Civil Veterinary Dept. Bombay admin report 1932-41 - 1932-1941
Year: 1932
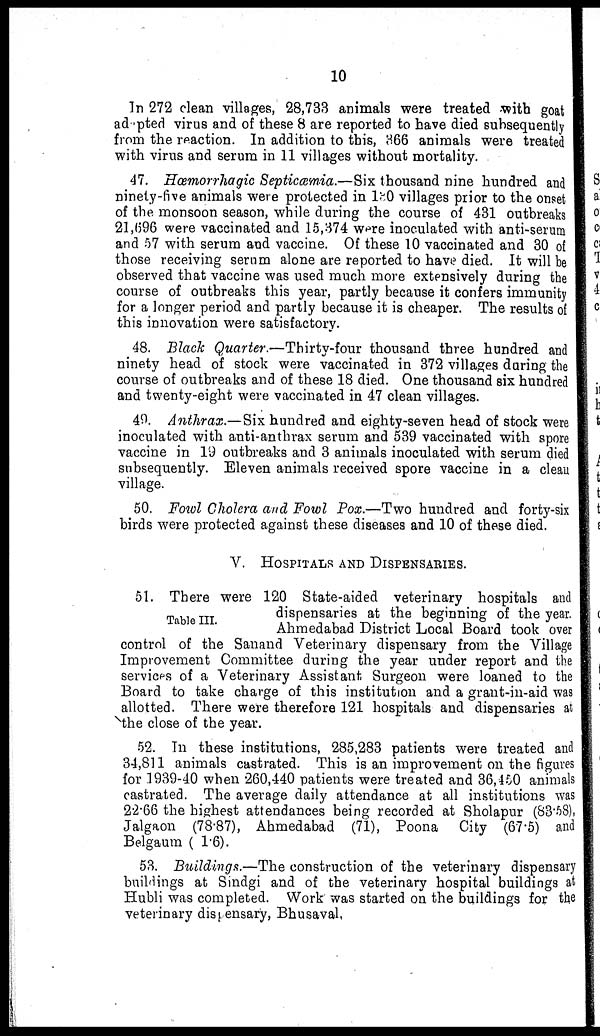
10
In 272 clean villages, 28,733 animals were treated with goat
adopted virus and of these 8 are reported to have died subsequently
from the reaction. In addition to this, 366 animals were treated
with virus and serum in 11 villages without mortality.
47. Hæmorrhagic Septicæmia.—Six thousand nine hundred and
ninety-five animals were protected in 130 villages prior to the onset
of the monsoon season, while during the course of 431 outbreaks
21,696 were vaccinated and 15,374 were inoculated with anti-serum
and 57 with serum and vaccine. Of these 10 vaccinated and 30 of
those receiving serum alone are reported to have died. It will be
observed that vaccine was used much more extensively during the
course of outbreaks this year, partly because it confers immunity
for a longer period and partly because it is cheaper. The results of
this innovation were satisfactory.
48. Black Quarter.—Thirty-four thousand three hundred and
ninety head of stock were vaccinated in 372 villages during the
course of outbreaks and of these 18 died. One thousand six hundred
and twenty-eight were vaccinated in 47 clean villages.
49. Anthrax.—Six hundred and eighty-seven head of stock were
inoculated with anti-anthrax serum and 539 vaccinated with spore
vaccine in 19 outbreaks and 3 animals inoculated with serum died
subsequently. Eleven animals received spore vaccine in a clean
village.
50. Fowl Cholera and Fowl Pox.—Two hundred and forty-six
birds were protected against these diseases and 10 of these died.
V. HOSPITALS AND DISPENSARIES.
Table III.
51. There were 120 State-aided veterinary hospitals and
dispensaries at the beginning of the year.
Ahmedabad District Local Board took over
control of the Sanand Veterinary dispensary from the Village
Improvement Committee during the year under report and the
services of a Veterinary Assistant Surgeon were loaned to the
Board to take charge of this institution and a grant-in-aid was
allotted. There were therefore 121 hospitals and dispensaries at
the close of the year.
52. In these institutions, 285,283 patients were treated and
34,811 animals castrated. This is an improvement on the figures
for 1939-40 when 260,440 patients were treated and 36,450 animals
castrated. The average daily attendance at all institutions was
22.66 the highest attendances being recorded at Sholapur (83.58),
Jalgaon (78.87), Ahmedabad (71), Poona City (67.5) and
Belgaum ( 1.6).
53. Buildings.—The construction of the veterinary dispensary
buildings at Sindgi and of the veterinary hospital buildings at
Hubli was completed. Work was started on the buildings for the
veterinary dispensary, Bhusaval.